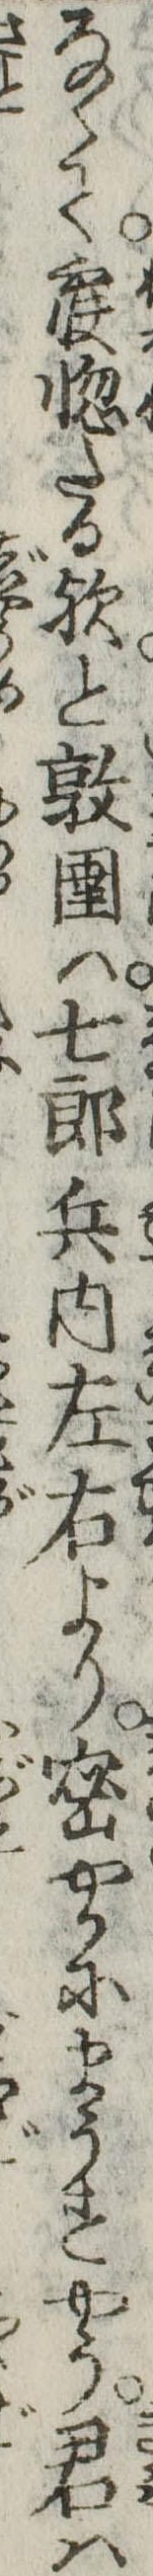
なくて寐惚たる歟と敦圉は七郎兵内左右より密やかにまうすやう君は